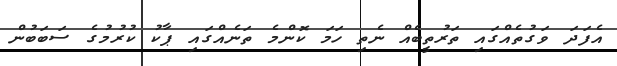
އެފަދަ ވަގުތެއްގައި ތަރުތީބެއް ނެތި ހަމަ ކޮންމެ ތަނެއްގައި ޕާކު ކުރުމުގެ ސަބަބުން